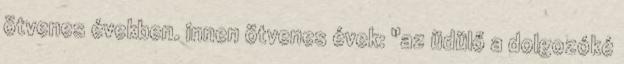
ötvenes években. innen ötvenes évek: "az üdülő a dolgozóké